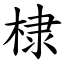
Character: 棣